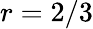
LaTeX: r=2/3